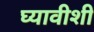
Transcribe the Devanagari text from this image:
घ्यावीशी